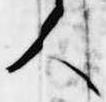
人